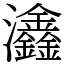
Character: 𤅺